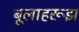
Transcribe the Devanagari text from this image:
बूलाहरूझ